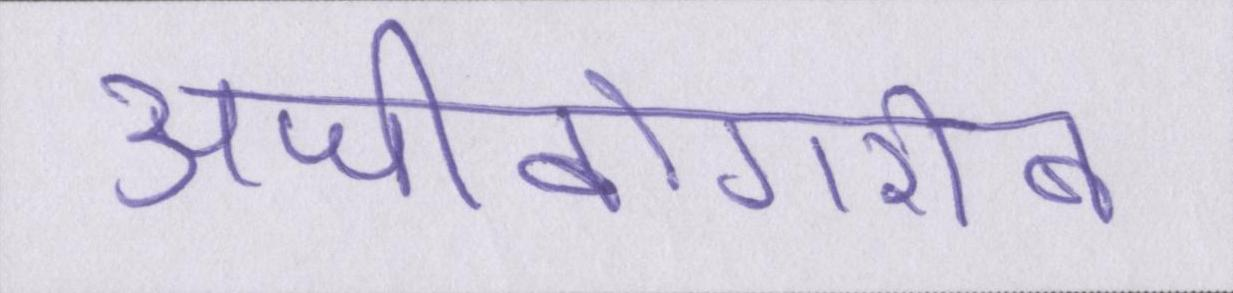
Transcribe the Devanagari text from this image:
अजीबोगरीब